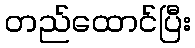
တည်ထောင်ပြီး